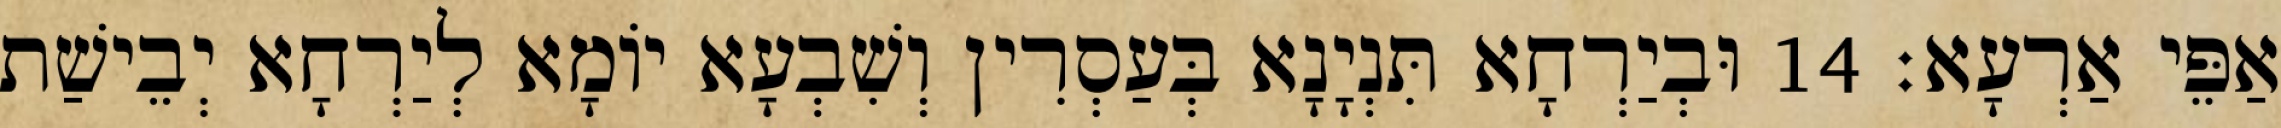
אַפֵּי אַרְעָא׃ 14 וּבְיַרְחָא תִּנְיָנָא בְּעַסְרִין וְשִׁבְעָא יוֹמָא לְיַרְחָא יְבֵישַׁת